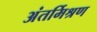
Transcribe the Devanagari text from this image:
अंतर्मिश्रण